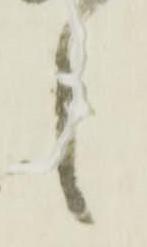
之